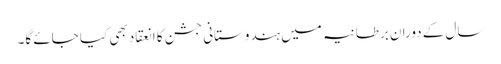
سال کے دوران برطانیہ میں ہندوستانی جشن کا انعقاد بھی کیا جائے گا۔